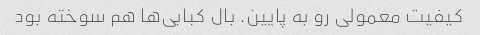
کیفیت معمولی رو به پایین. بال کبابی‌ها هم سوخته بود